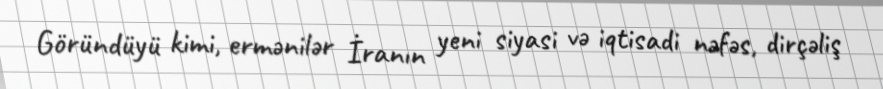
Göründüyü kimi, ermənilər İranın yeni siyasi və iqtisadi nəfəs, dirçəliş